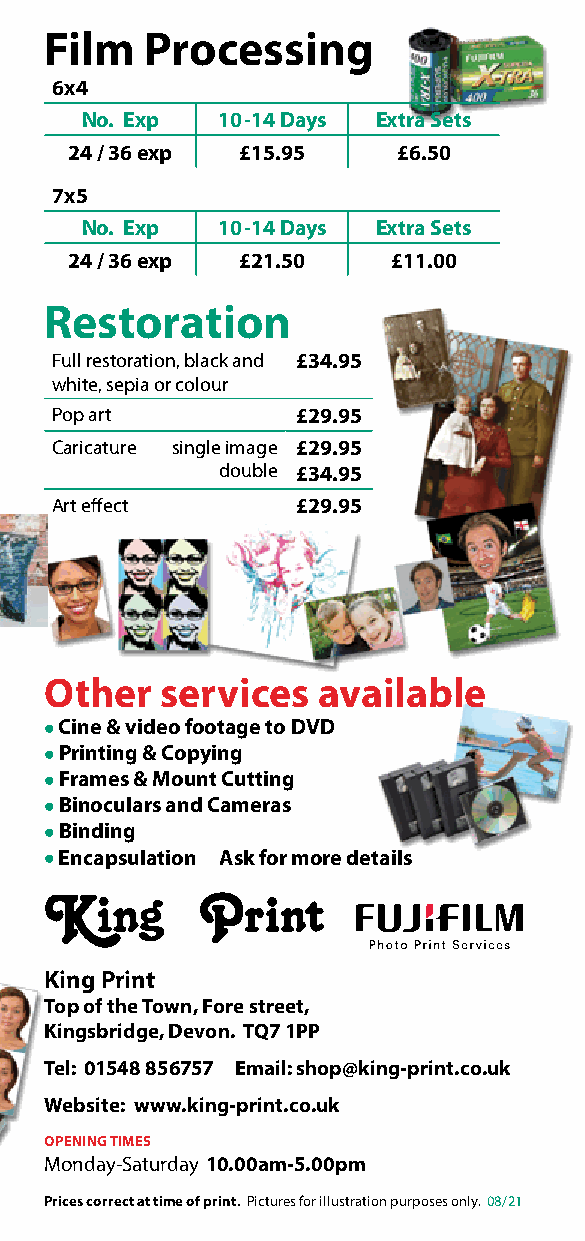
Photo Film Processing
 Gifts 6x4
 No. Exp  10-14 Days Extra Sets
 Description Price
 24 / 36 exp £15.95    £6.50
 Passport Keyrings 2 images £2.95
 7x5
 Mug £9.95
 No. Exp  10-14 Days Extra Sets
 Wrapping Paper 16x24 £8.95
 24 / 36 exp £21.50    £11.00
 Coaster x4 £15.80
 Photo Calendar 10x8 £14.95 Restoration
 Ceramic Fridge Magnet £7.95
 Full restoration, black and £34.95
 Mouse Mat £9.95 white, sepia or colour
 Jigsaw £14.95 Pop art £29.95
 Metal Flask £16.95 Caricature single image £29.95
 double £34.95
 Cushion Cover £15.95
 Art eff ect      £29.95
 Glass Coaster £4.95
 Suede Fibre Cushion 450x450mm £29.95
 Photo Books
 More options
 online and instore
 Description Price
 Other   services  available
 4x4 / 5x5 Lustre or £10.95
 24 pages gloss • Cine & video footage to DVD
 8x8 Lustre £37.95 • Printing & Copying     PPhhoottoo SSppeecciiaalliissttss
 24 pages Gloss £42.50 • Frames & Mount Cutting
 A4 Lustre £42.95 • Binoculars and Cameras
 24 pages Gloss £49.95 • Binding
 A3 Lustre £79.95 • Encapsulation Ask for more details
 24 pages Gloss £99.95
 Passport & ID Photos
 King Print
 No appointment needed, other sizes and digital also.
 Top of the Town, Fore street,
 Description Price
 Kingsbridge, Devon. TQ7 1PP
 British Passport (Prints or Digital) £11.95
 Tel: 01548 856757 Email: shop@king-print.co.uk
 British Passport (Prints & Digital) £16.95
 Website: www.king-print.co.uk
 ID / Driving Licence Photo £10.95
 OPENING TIMES
 American / Indian Visa 2x2 £14.95
 Monday-Saturday 10.00am-5.00pm                    Price List
 Smiley (take at the same time) £6.00
 Prices correct at time of print. Pictures for illustration purposes only. 08/21